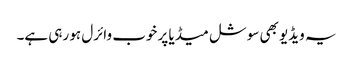
یہ ویڈیو بھی سوشل میڈیا پر خوب وائرل ہو رہی ہے۔